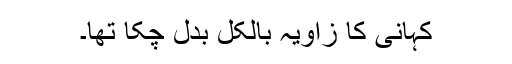
کہانی کا زاویہ بالکل بدل چکا تھا۔